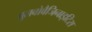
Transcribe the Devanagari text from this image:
वुलवोवैजिनाइटिस